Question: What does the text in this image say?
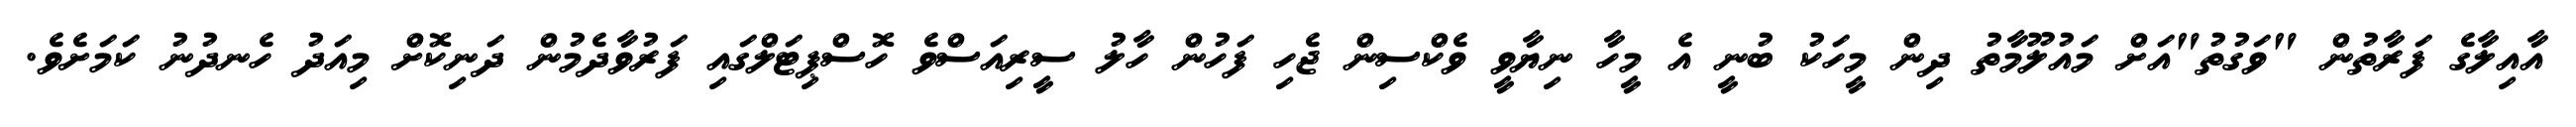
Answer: އާއިލާގެ ފަރާތުން "ވަގުތު"އަށް މައުލޫމާތު ދިން މީހަކު ބުނީ އެ މީހާ ނިޔާވީ ވެކްސިން ޖެހި ފަހުން ހާލު ސީރިއަސްވެ ހޮސްޕިޓަލްގައި ފަރުވާދެމުން ދަނިކޮށް މިއަދު ހެނދުނު ކަމަށެވެ.